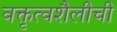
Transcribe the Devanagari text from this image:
वक्तृत्वशैलीची